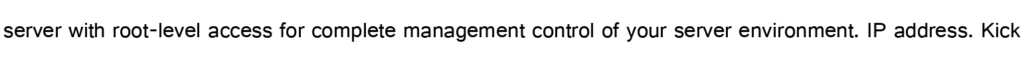
server with root-level access for complete management control of your server environment. IP address. Kick